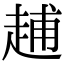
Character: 𧻷